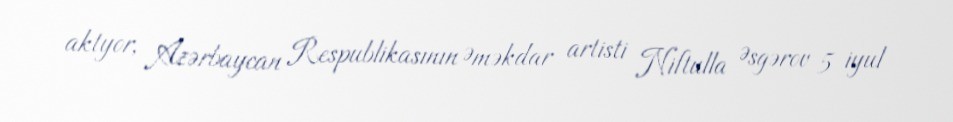
aktyor, Azərbaycan Respublikasının Əməkdar artisti Niftulla Əsgərov 5 iyul